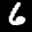
Label: 6